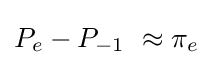
P_{e}-P_{-1}\ \approx \pi _{e}